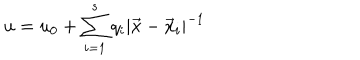
LaTeX: u = u _ { 0 } + \sum _ { i = 1 } ^ { s } q _ { i } | \vec { x } - \vec { x } _ { i } | ^ { - 1 }